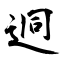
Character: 迵